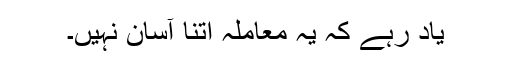
یاد رہے کہ یہ معاملہ اتنا آسان نہیں۔